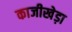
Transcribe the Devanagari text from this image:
काजीखेड़ा